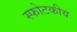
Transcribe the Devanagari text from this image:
स्फोटकीय